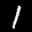
Label: 1